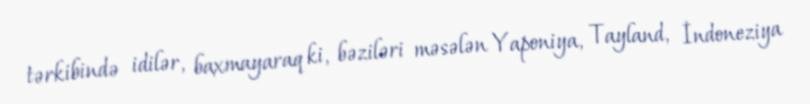
tərkibində idilər, baxmayaraq ki, bəziləri məsələn Yaponiya, Tayland, İndoneziya